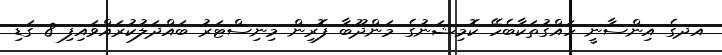
އދގެ އިންސާނީ ހައްގުތަކާބެހޭ ކޮމިޝަނުގެ މަންދޫބާ ފޮރިން މިނިސްޓަރު ބައްދަލުކުރައްވައިިފި 8 ގަޑި